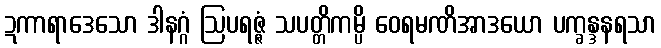
ဍကာရာဒေသော ဒါနဂ္ဂံ ဩပရဇ္ဇံ သပတ္တိကမ္ပိ ဝေရမဏိအာဒယော ပက္ခန္ဒနရသာ